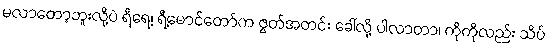
မလာတော့ဘူးလို့ပဲ ရီရေ့၊ ရီ့မောင်တော်က ဇွတ်အတင်း ခေါ်လို့ ပါလာတာ၊ ကိုကိုလည်း သိပ်